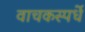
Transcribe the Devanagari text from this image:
वाचकस्पर्धे